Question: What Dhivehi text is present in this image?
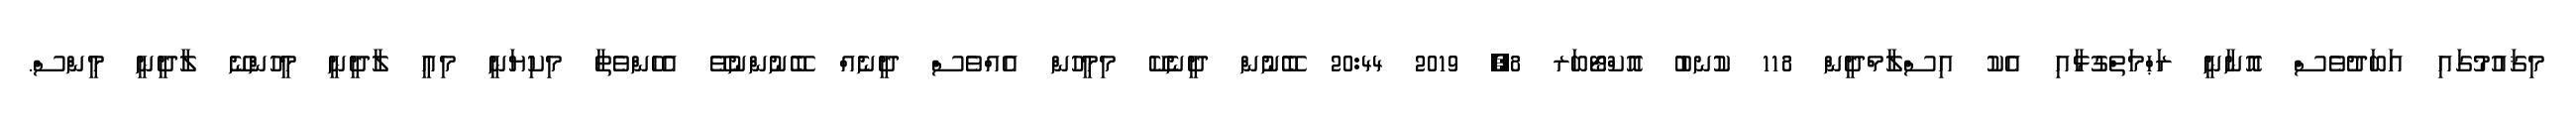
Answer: މިޤައުމުގައި އަބަދުވެސް އޮނާނީ ރަޙްމަތްގުޅާއި އެކު އިސްލާމްދީން 118 ކުނބު އޮކްޓޯބަރ 8, 2019 20:44 ބޭނުން ދީނެކޭ މިމީހުން އެއްވެސް ދީނެއް ބޭނުންނުވޭ އެހެންވެތާ މިކިޔަނީ މިއީ ލާދީނީ މީހުންނޭ ލާދީނީ މީންސް.